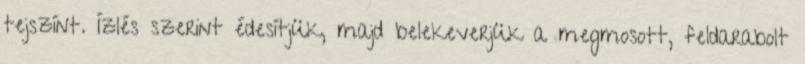
tejszínt. Ízlés szerint édesítjük, majd belekeverjük a megmosott, feldarabolt